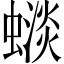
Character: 𧐽